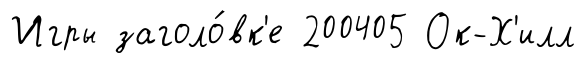
Игры заголо́вк'е 200405 Ок-Х'илл